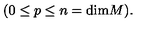
( 0 \leq p \leq n = \mathrm { d i m } M ) .